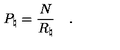
P _ { \natural } = { \frac { N } { R _ { \natural } } } \quad .